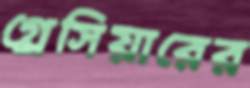
গ্লেসিয়ারের